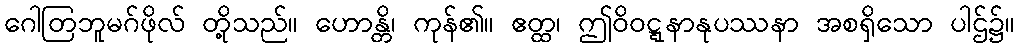
ဂေါတြဘူမဂ်ဖိုလ် တို့သည်။ ဟောန္တိ၊ ကုန်၏။ ဧတ္ထ၊ ဤဝိဝဋ္ဋနာနုပဿနာ အစရှိသော ပါဌ်၌။